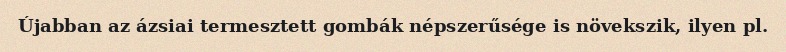
Újabban az ázsiai termesztett gombák népszerűsége is növekszik, ilyen pl.